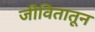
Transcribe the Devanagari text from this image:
जीवितातून